Vaccination in Bombay 1874-1876 - 1874-1876
Year: 1874
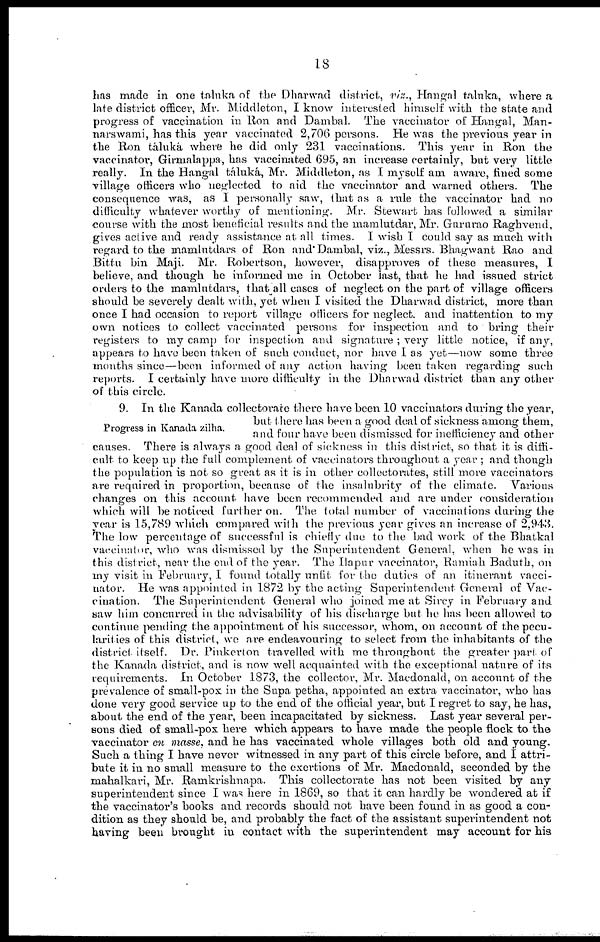
18
has made in one taluka of the Dharwad district, viz., Hangal taluka, where a
late district officer, Mr. Middleton, I know interested himself with the state and
progress of vaccination in Ron and Dambal. The vaccinator of Hangal, Man¬
narswami, has this year vaccinated 2,706 persons. He was the previous year in
the Ron táluká where he did only 231 vaccinations. This year in Ron the
vaccinator, Girmalappa, has vaccinated 695, an increase certainly, but very little
really. In the Hangal táluká, Mr. Middleton, as I myself am aware, fined some
village officers who neglected to aid the vaccinator and warned others. The
consequence was, as I personally saw, that as a rule the vaccinator had no
difficulty whatever worthy of mentioning. Mr. Stewart has followed a similar
course with the most beneficial results and the mamlutdar, Mr. Gururao Raghvend.
gives active and ready assistance at all times. I wish I could say as much with
regard to the mamlutdars of Ron and Dambal, viz., Messrs. Bhagwant Rao and
Bittu bin Maji. Mr. Robertson, however, disapproves of these measures, I
believe, and though he informed me in October last, that he had issued strict
orders to the mamlutdars, that all cases of neglect on the part of village officers
should be severely dealt with, yet when I visited the Dharwad district, more than
once I had occasion to report village officers for neglect. and inattention to my
own notices to collect vaccinated persons for inspection and to bring their
registers to my camp for inspection and signature ; very little notice, if any,
appears to have been taken of such conduct, nor have I as yet—now some three
months since—been informed of any action having been taken regarding such
reports. I certainly have more difficulty in the Dharwad district than any other
of this circle.
Progress in Kanada zilha.
9. In the Kanada collectorate there have been 10 vaccinators during the year,
but there has been a good deal of sickness among them,
and four have been dismissed for inefficiency and other
causes. There is always a good deal of sickness in this district, so that it is diffi-
cult to keep up the full complement of vaccinators throughout a year ; and though
the population is not so great as it is in other collectorates, still more vaccinators
are required in proportion, because of the insalubrity of the climate. Various
changes on this account have been recommended and are under consideration
which will be noticed further on. The total number of vaccinations during the
year is 15,789 which compared with the previous year gives an increase of 2,943.
The low percentage of successful is chiefly due to the bad work of the Bhatkal
vaccinator, who was dismissed by the Superintendent General, when he was in
this district, near the end of the year. The Hapur vaccinator, Ramiah Baduth, on
my visit in February, I found totally unfit for the duties of an itinerant vacci-
nator. He was appointed in 1872 by the acting Superintendent General of Vac-
cination. The Superintendent General who joined me at Sircy in February and
saw him concurred in the advisability of his discharge but he has been allowed to
continue pending the appointment of his successor, whom, on account of the pecu¬
larities of this district, we are endeavouring to select from the inhabitants of the
district itself. Dr. Pinkerton travelled with me throughout the greater part of
the Kanada district, and is now well acquainted with the exceptional nature of its
requirements. In October 1873, the collector, Mr. Macdonald, on account of the
prevalence of small-pox in the Supa petha, appointed an extra vaccinator, who has
done very good service up to the end of the official year, but I regret to say, he has,
about the end of the year, been incapacitated by sickness. Last year several per-
sons died of small-pox here which appears to have made the people flock to the
vaccinator en masse, and he has vaccinated whole villages both old and young.
Such a thing I have never witnessed in any part of this circle before, and I attri-
bute it in no small measure to the exertions of Mr. Macdonald, seconded by the
mahalkari, Mr. Ramkrishnapa. This collectorate has not been visited by any
superintendent since I was here in 1869, so that it can hardly be wondered at if
the vaccinator's books and records should not have been found in as good a con-
dition as they should be, and probably the fact of the assistant superintendent not
having been brought in contact with the superintendent may account for his